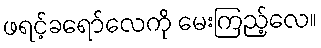
ဖရင့်ခရော်လေကို မေးကြည့်လေ။